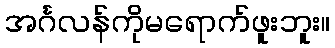
အင်္ဂလန်ကိုမရောက်ဖူးဘူး။